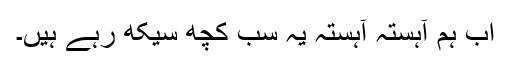
اب ہم آہستہ آہستہ یہ سب کچھ سیکھ رہے ہیں۔